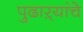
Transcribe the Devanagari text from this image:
पुढाऱ्यांचे